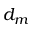
d _ { m }